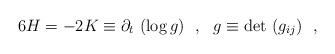
LaTeX: \begin{align*}6 H = - 2 K \equiv \partial_t~(\log g) ~~ , ~~ g \equiv {\rm det}~(g_{ij}) ~~,\end{align*}